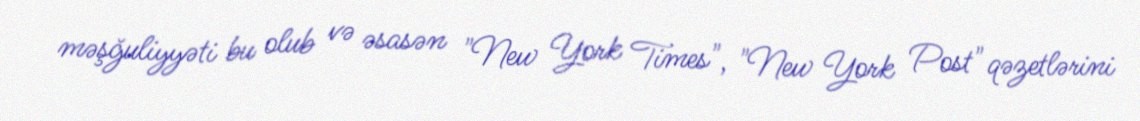
məşğuliyyəti bu olub və əsasən "New York Times", "New York Post" qəzetlərini